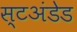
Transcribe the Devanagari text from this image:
स्टअंडेड